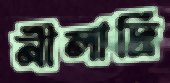
নীলাদ্রি